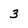
Character: 3